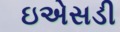
ઇએસડી